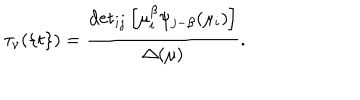
\tau _ { \nu } ( \{ t \} ) = \frac { { { \det } _ { i j } \left[ \mu _ { i } ^ { \beta } \psi _ { j - \beta } ( \mu _ { i } ) \right] } } { \Delta ( \mu ) } .